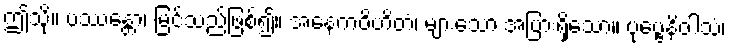
ဤသို့။ ပဿန္တော၊ မြင်သည်ဖြစ်၍။ အနေကဝိဟိတံ၊ များသော အပြားရှိသော။ ပုဗ္ဗေနိဝါသံ၊